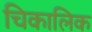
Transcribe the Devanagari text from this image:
चिकालिक